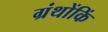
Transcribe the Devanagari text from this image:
ग्रंथोंकिं